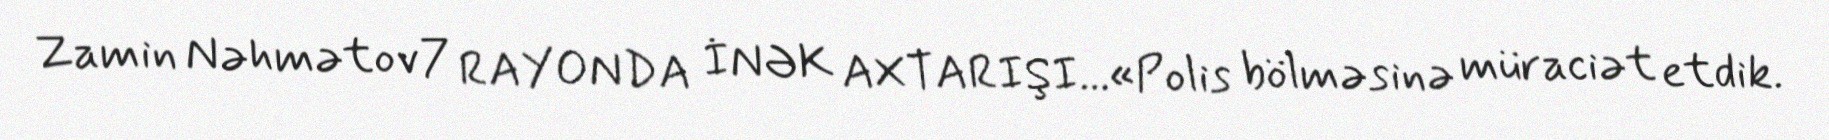
Zamin Nəhmətov7 RAYONDA İNƏK AXTARIŞI...«Polis bölməsinə müraciət etdik.